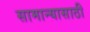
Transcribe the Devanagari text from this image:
सामान्यासाठी